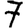
Digit: 7